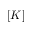
[ K ]